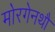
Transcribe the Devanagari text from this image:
मोरगेनथौ